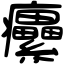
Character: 癳